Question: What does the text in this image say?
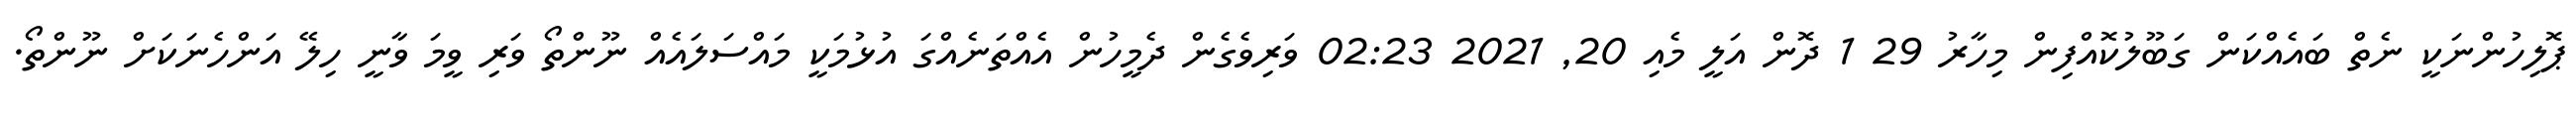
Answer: ޕޮލިހުންނަކީ ނެތް ބައެއްކަން ގަބޫލުކޮއްފިން މިހާރު 29 1 ދޮން އަލީ މެއި 20, 2021 02:23 ވަރިވެގެން ދެމީހުން އެއްތަނެއްގަ އުޅުމަކީ މައްސަލައެއް ނޫންތޯ ވަރި ވީމަ ވާނީ ހިލޭ އަންހެނަކަށް ނޫންތޯ.